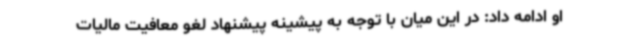
او ادامه داد: در این میان با توجه به پیشینه پیشنهاد لغو معافیت مالیات